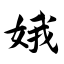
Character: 娥